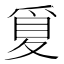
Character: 𪺒